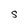
Character: S